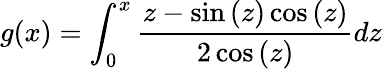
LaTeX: g(x)=\int_{0}^{x}\frac{z-\sin{(z)}\cos{(z)}}{2\cos{(z)}}dz